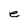
Character: e